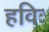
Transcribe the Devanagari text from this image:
हविः